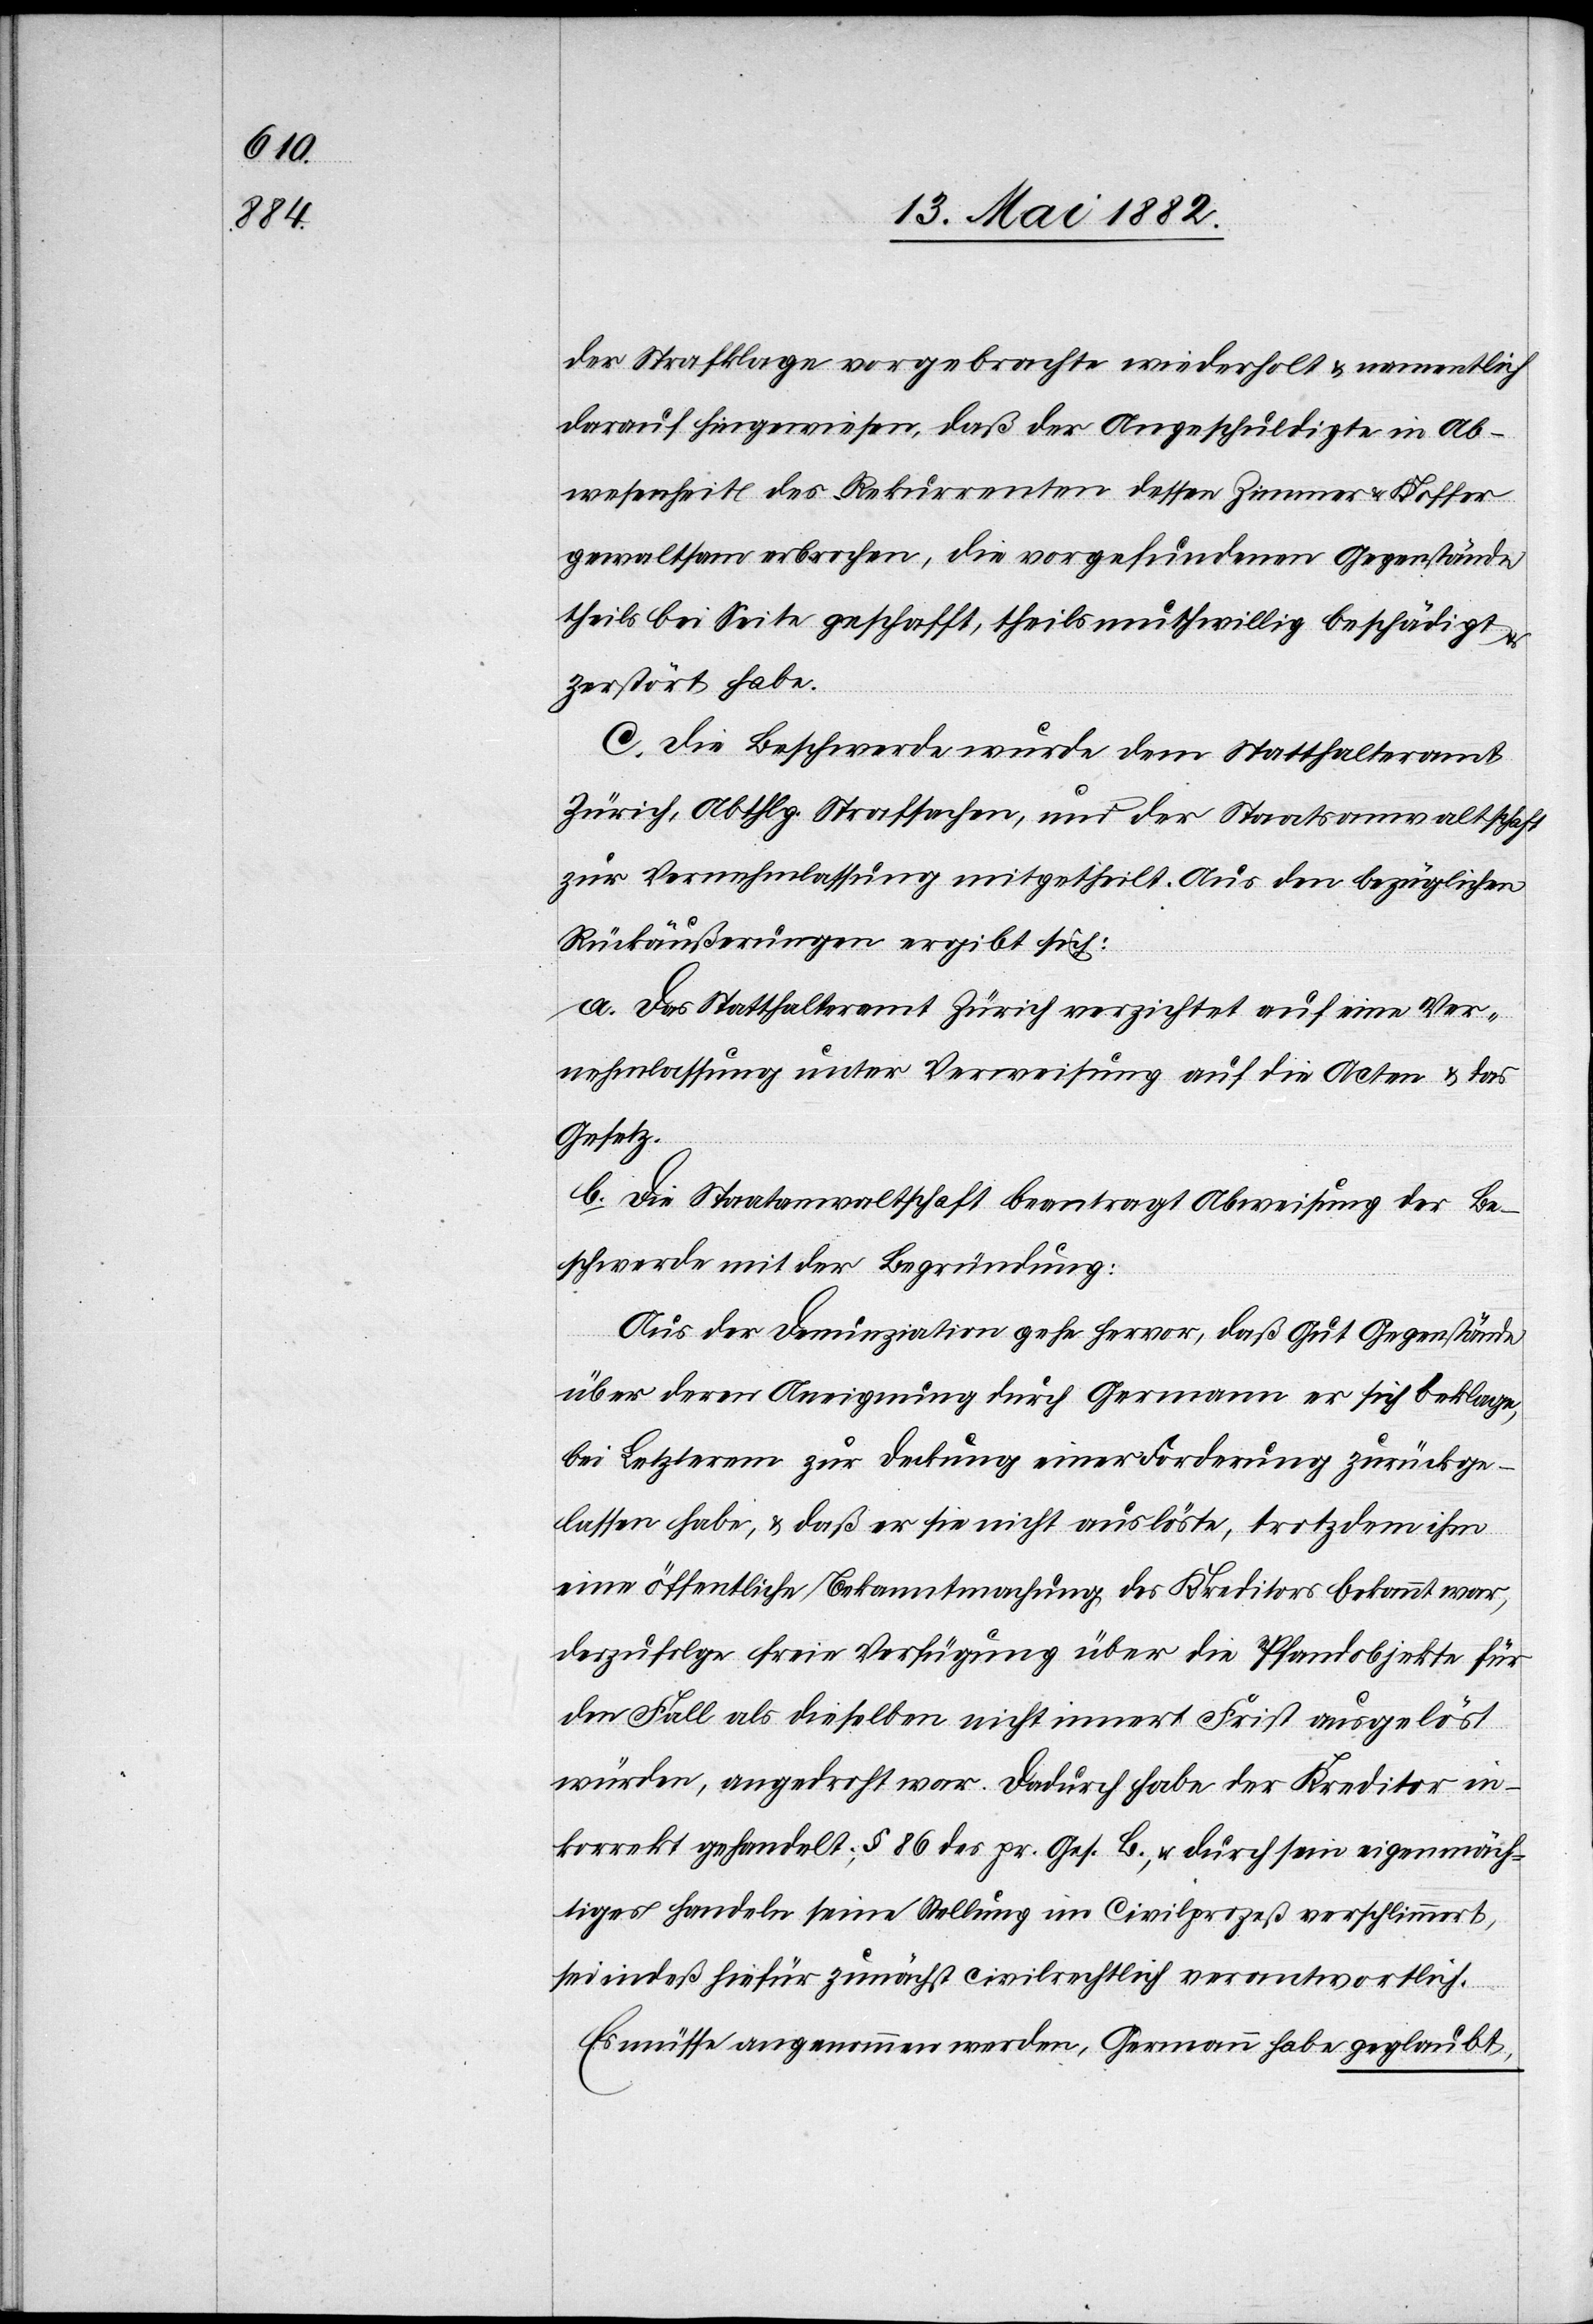
der Strafklage vorgebrachte wiederholt & namentlich
darauf hingewiesen, daß der Angeschuldigte in Ab¬
wesenheit des Rekurrenten dessen Zimmer & Koffer
gewaltsam erbrochen, die vorgefundenen Gegenstände
theils bei Seite geschafft, theils muthwillig beschädigt u.
zerstört habe.
C. Die Beschwerde wurde dem Statthalteramt
Zürich, Abthlg. Strafsachen, und der Staatsanwaltschaft
zur Vernehmlassung mitgetheilt. Aus den bezüglichen
Rückäußerungen ergibt sich:
a. Das Statthalteramt Zürich verzichtet auf eine Ver¬
nehmlassung unter Verweisung auf die Acten & das
Gesetz.
b. Die Staatsanwaltschaft beantragt Abweisung der Be¬
schwerde mit der Begründung:
Aus der Denunziation gehe hervor, daß Gut Gegenstände,
über deren Aneignung durch Germann er sich beklage,
bei Letzterem zur Deckung einer Forderung zurückge¬
lassen habe, & daß er sie nicht auslöste, trotzdem ihm
eine öffentliche Bekanntmachung des Kreditors bekannt war,
derzufolge freie Verfügung über die Pfandobjekte für
den Fall als dieselben nicht innert Frist ausgelöst
würden, angedroht war. Dadurch habe der Kreditor in¬
korrekt gehandelt; § 86 des pr. Ges. B., & durch sein eigenmäch¬
tiges Handeln seine Stellung im Civilprozeß verschlimmert,
sei indeß hiefür zunächst civilrechtlich verantwortlich.
Es müsse angenommen werden, Germann habe geglaubt,